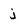
Character: j